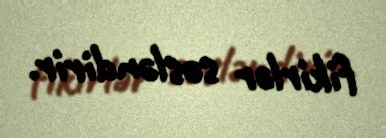
fikirlər səsləndirir.